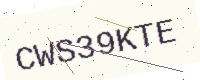
Text: CWS39KTE